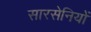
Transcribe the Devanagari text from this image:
सारसेनियों